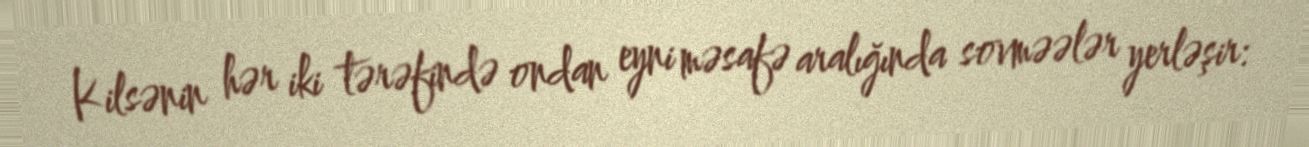
Kilsənin hər iki tərəfində ondan eyni məsafə aralığında sovməələr yerləşir: